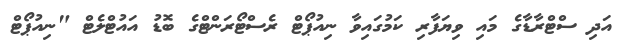
އަދި ސްޓްރާޑާގެ މައި ވިޔަފާރި ކަމުގައިވާ ނިއުޕޯޓް ރެސްޓޯރަންޓްގެ ބޮޑު އައުޓްލެޓް "ނިއުޕޯޓް